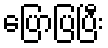
ပြောပြပြီး